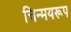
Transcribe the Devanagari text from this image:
चिन्मयरूप